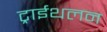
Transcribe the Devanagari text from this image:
ट्राईथलन